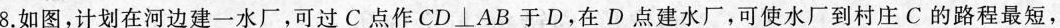
第8题图8.如图，计划在河边建一水厂，可过C点作CD⊥AB于D.在D点建水厂，可使水厂到村庄C的路程最短，